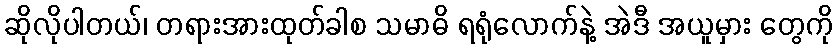
ဆိုလိုပါတယ်၊ တရားအားထုတ်ခါစ သမာဓိ ရရုံလောက်နဲ့ အဲဒီ အယူမှား တွေကို